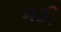
મઢી